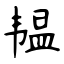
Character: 韫